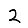
Digit: 2